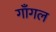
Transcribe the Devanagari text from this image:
गाँगल